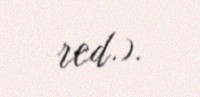
red.).